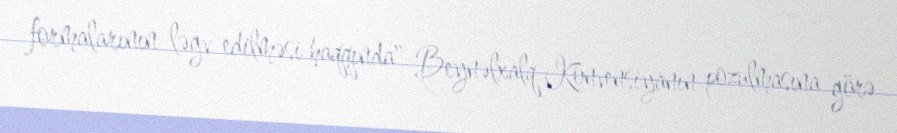
formalarının ləğv edilməsi haqqında" Beynəlxalq Konvensiyanın pozulmasına görə